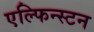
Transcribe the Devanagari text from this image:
एल्फिन्‍स्टन